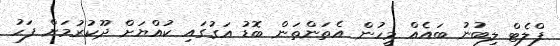
ފްލެޓް ލިބުނު ބައެއް މީހުން އެތަންތަން ބޮޑު އަގުގައި ކުއްޔަށް ދޫކުރުމަށް ފަހު